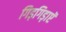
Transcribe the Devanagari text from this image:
गिड़गिड़ाएॅ